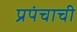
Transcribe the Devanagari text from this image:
प्रपंचाची